Madras plague regulations and rules for the city of Madras
Disease focus: Plague
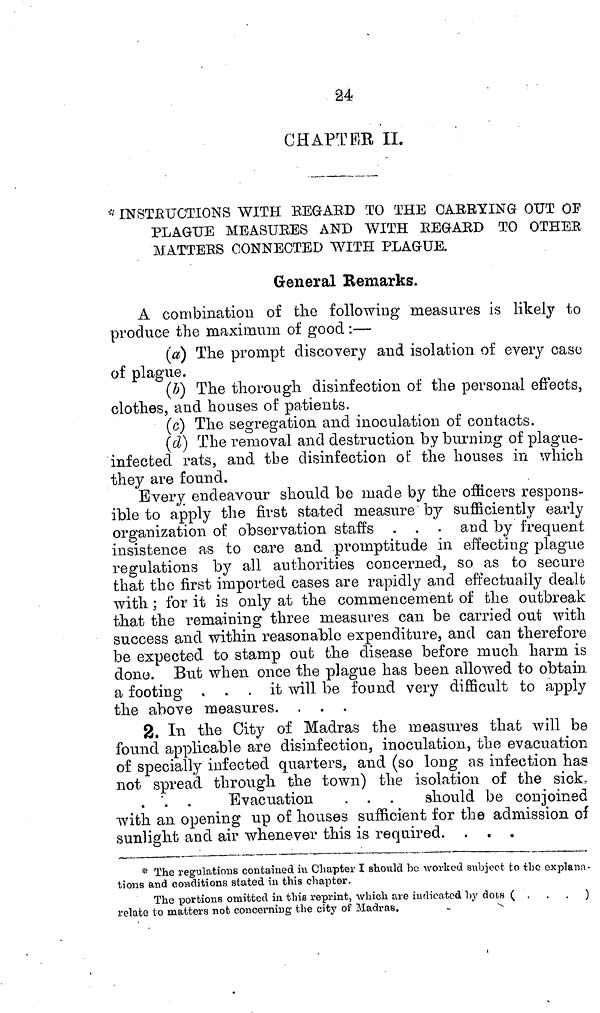
CHAPTER II.
* INSTRUCTIONS WITH REGARD TO THE CARRYING OUT OF
PLAGUE MEASURES AND WITH REGARD TO OTHER
MATTERS CONNECTED WITH PLAGUE.
General Remarks.
A combination of the following measures is likely to
produce the maximum of good :—
(a) The prompt discovery and isolation of every case
of plague.
(b) The thorough disinfection of the personal effects,
clothes, and houses of patients.
(c) The segregation and inoculation of contacts.
(d) The removal and destruction by burning of plague-
infected rats, and the disinfection of the houses in which
they are found.
Every endeavour should be made by the officers respons-
ible to apply the first stated measure by sufficiently early
organization of observation staffs . . . and by frequent
insistence as to care and promptitude in effecting plague
regulations by all authorities concerned, so as to secure
that the first imported cases are rapidly and effectually dealt
with ; for it is only at the commencement of the outbreak
that the remaining three measures can be carried out with
success and within reasonable expenditure, and can therefore
be expected to stamp out the disease before much harm is
done. But when once the plague has been allowed to obtain
a footing
. it Avili be found very difficult to apply
the above measures.
2. In the City of Madras the measures that will be
found applicable are disinfection, inoculation, the evacuation
of specially infected quarters, and (so long as infection has
not spread through the town) the isolation of the sick,
. '. .
Evacuation
. . .
should be conjoined
with an opening up of houses sufficient for the admission oí
sunlight and air whenever this is required. . . .
* The regulations contained in Chapter I should be worked subject to the explana-
tions and conditions stated in this chapter.
The portions omitted in this reprint, which are indicated by dots ( . . . )
relate to matters not concerning the city of
Madras.